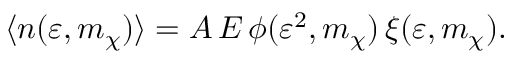
\langle n ( \varepsilon , m _ { \chi } ) \rangle = A \, E \, \phi ( \varepsilon ^ { 2 } , m _ { \chi } ) \, \xi ( \varepsilon , m _ { \chi } ) .